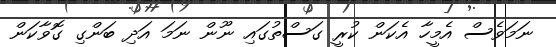
ނަމަވެސް އެމީހާ އެކަން ކުރީ ގަސްތުގައި ނޫން ނަމަ އަދި ބަންގި ގޮވާކަން